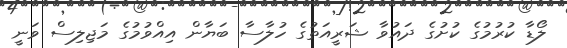
ލޯޑާ ކުރުމުގެ ކުށުގެ ދައުވާ ޝަރީއަތުގެ ހުލާސާ ބަޔާން އިއްވުމުގެ މަޖިލިސް ވަނީ